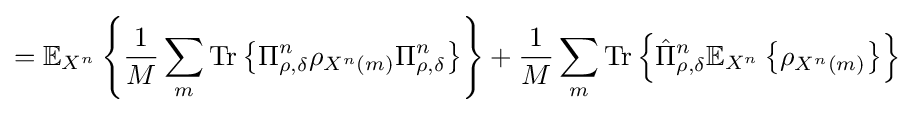
=\mathbb {E} _{X^{n}}\left\{{\frac {1}{M}}\sum _{m}{\text{Tr}}\left\{\Pi _{\rho ,\delta }^{n}\rho _{X^{n}\left(m\right)}\Pi _{\rho ,\delta }^{n}\right\}\right\}+{\frac {1}{M}}\sum _{m}{\text{Tr}}\left\{{\hat {\Pi }}_{\rho ,\delta }^{n}\mathbb {E} _{X^{n}}\left\{\rho _{X^{n}\left(m\right)}\right\}\right\}